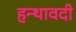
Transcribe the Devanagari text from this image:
हन्थावदी